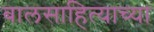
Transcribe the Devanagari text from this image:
बालसाहित्याच्या